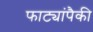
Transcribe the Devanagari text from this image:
फाट्यांपैकी